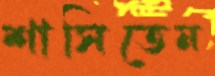
শাসিতেন